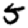
Digit: 5